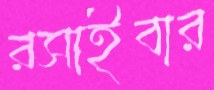
রসাইবার